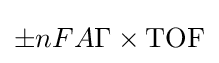
\pm nFA\Gamma \times {\rm {TOF}}